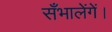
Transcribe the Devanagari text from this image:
सँभालेंगें।